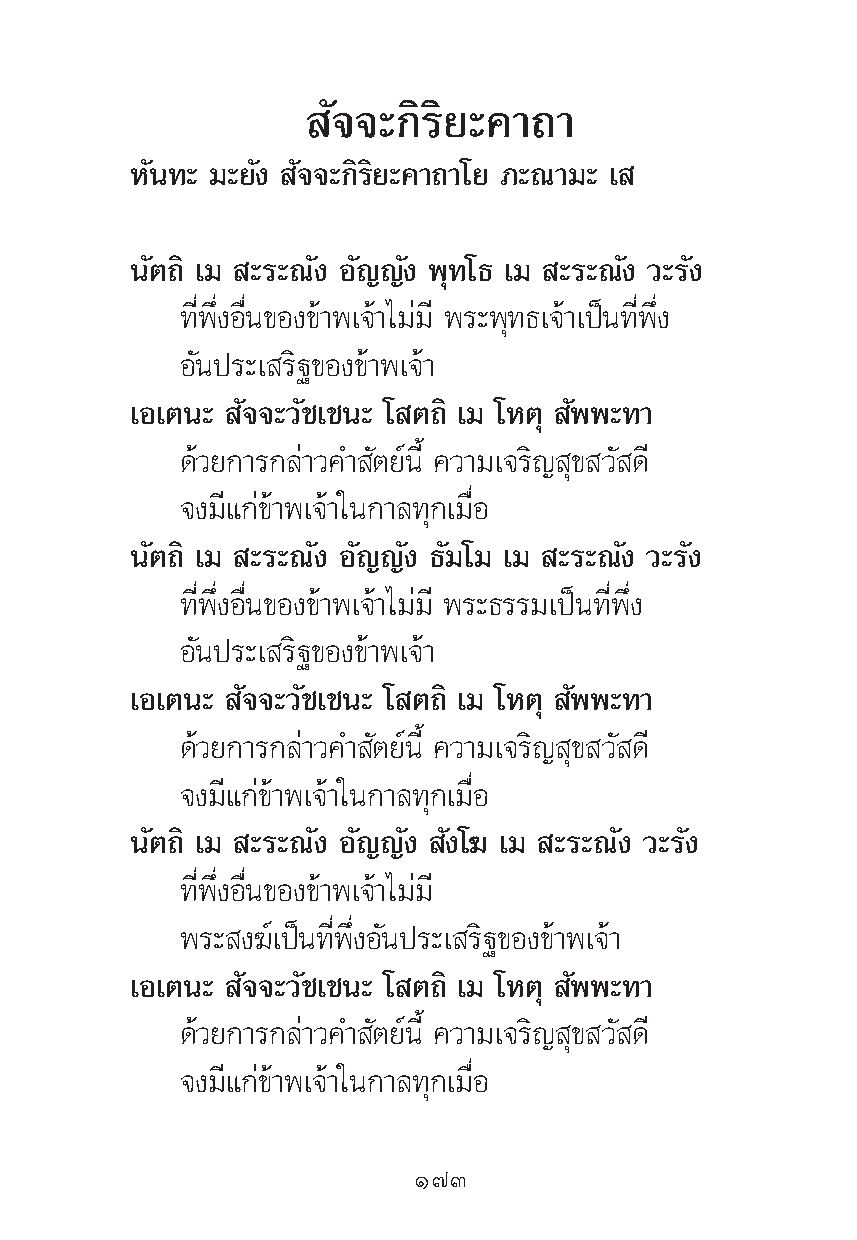
—®®–°‘√‘¬–§“∂“
 À—π∑– ¡–¬—ß —®®–°‘√‘¬–§“∂“‚¬ ¿–≥“¡– ‡
 π—μ∂‘ ‡¡ –√–≥—ß Õ—≠≠—ß æÿ∑‚∏ ‡¡ –√–≥—ß «–√—ß
 ∑’Ëæ÷ËßÕ◊Ëπ¢Õß¢â“æ‡®â“‰¡à¡’ æ√–æÿ∑∏‡®â“‡ªìπ∑’Ëæ÷Ëß
 Õ—πª√–‡ √‘∞¢Õß¢â“æ‡®â“
 ‡Õ‡μπ– —®®–«—™‡™π– ‚ μ∂‘ ‡¡ ‚Àμÿ —ææ–∑“
 ¥â«¬°“√°≈à“«§” —μ¬åπ’È §«“¡‡®√‘≠ ÿ¢ «— ¥’
 ®ß¡’·°à¢â“æ‡®â“„π°“≈∑ÿ°‡¡◊ËÕ
 π—μ∂‘ ‡¡ –√–≥—ß Õ—≠≠—ß ∏—¡‚¡ ‡¡ –√–≥—ß «–√—ß
 ∑’Ëæ÷ËßÕ◊Ëπ¢Õß¢â“æ‡®â“‰¡à¡’ æ√–∏√√¡‡ªìπ∑’Ëæ÷Ëß
 Õ—πª√–‡ √‘∞¢Õß¢â“æ‡®â“
 ‡Õ‡μπ– —®®–«—™‡™π– ‚ μ∂‘ ‡¡ ‚Àμÿ —ææ–∑“
 ¥â«¬°“√°≈à“«§” —μ¬åπ’È §«“¡‡®√‘≠ ÿ¢ «— ¥’
 ®ß¡’·°à¢â“æ‡®â“„π°“≈∑ÿ°‡¡◊ËÕ
 π—μ∂‘ ‡¡ –√–≥—ß Õ—≠≠—ß —ß‚¶ ‡¡ –√–≥—ß «–√—ß
 ∑’Ëæ÷ËßÕ◊Ëπ¢Õß¢â“æ‡®â“‰¡à¡’
 æ√– ß¶å‡ªìπ∑’Ëæ÷ËßÕ—πª√–‡ √‘∞¢Õß¢â“æ‡®â“
 ‡Õ‡μπ– —®®–«—™‡™π– ‚ μ∂‘ ‡¡ ‚Àμÿ —ææ–∑“
 ¥â«¬°“√°≈à“«§” —μ¬åπ’È §«“¡‡®√‘≠ ÿ¢ «— ¥’
 ®ß¡’·°à¢â“æ‡®â“„π°“≈∑ÿ°‡¡◊ËÕ
 Ò˜Û